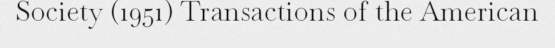
Society (1951) Transactions of the American